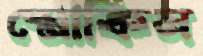
স্মোকিন